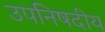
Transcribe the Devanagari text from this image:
उपनिषदीय